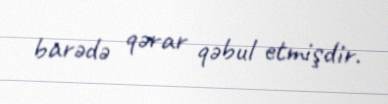
barədə qərar qəbul etmişdir.